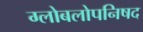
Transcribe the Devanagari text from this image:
ग्लोबलोपनिषद